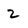
Character: 2